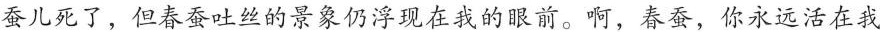
”蚕儿死了，但春蚕吐丝的景象仍浮现在我的眼前。啊，春蚕，你永远活在我